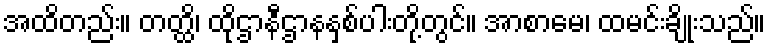
အထိတည်း။ တတ္ထိ၊ ထိုဌာနီဌာနနှစ်ပါးတို့တွင်။ အာစာမေ၊ ထမင်းချိုးသည်။